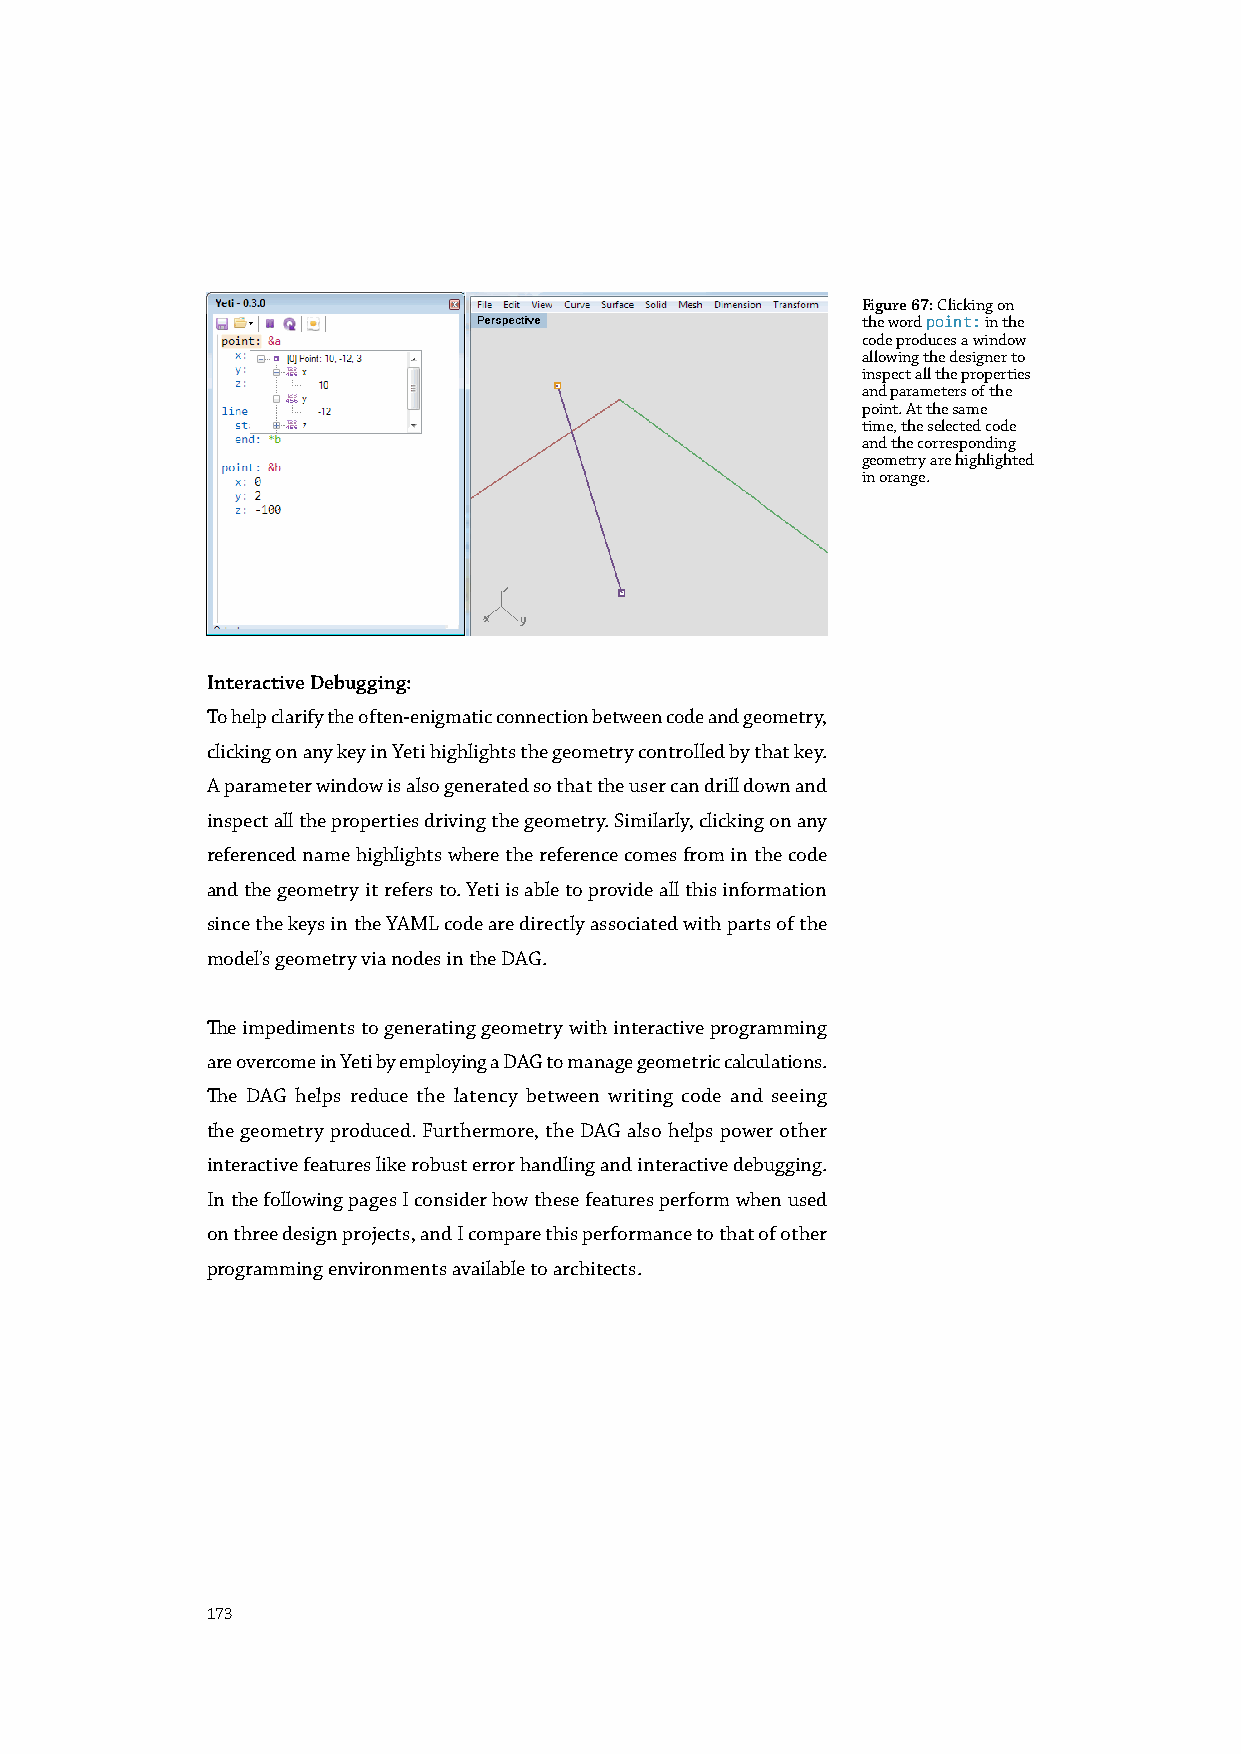
Figure 67: Clicking on
 the word point: in the
 code produces a window
 allowing the designer to
 inspect all the properties
 and parameters of the
 point. At the same
 time, the selected code
 and the corresponding
 geometry are highlighted
 in orange.
 Interactive Debugging:
 To help clarify the often-enigmatic connection between code and geometry,
 clicking on any key in Yeti highlights the geometry controlled by that key.
 A parameter window is also generated so that the user can drill down and
 inspect all the properties driving the geometry. Similarly, clicking on any
 referenced name highlights where the reference comes from in the code
 and the geometry it refers to. Yeti is able to provide all this information
 since the keys in the YAML code are directly associated with parts of the
 model’s geometry via nodes in the DAG.
 The impediments to generating geometry with interactive programming
 are overcome in Yeti by employing a DAG to manage geometric calculations.
 The DAG helps reduce the latency between writing code and seeing
 the geometry produced. Furthermore, the DAG also helps power other
 interactive features like robust error handling and interactive debugging.
 In the following pages I consider how these features perform when used
 on three design projects, and I compare this performance to that of other
 programming environments available to architects.
 173